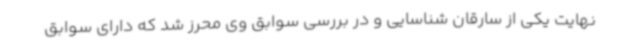
نهایت یکی از سارقان شناسایی و در بررسی سوابق وی محرز شد که دارای سوابق